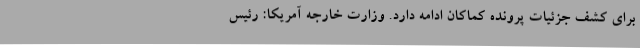
برای کشف جزئیات پرونده کماکان ادامه دارد. وزارت خارجه آمریکا: رئیس